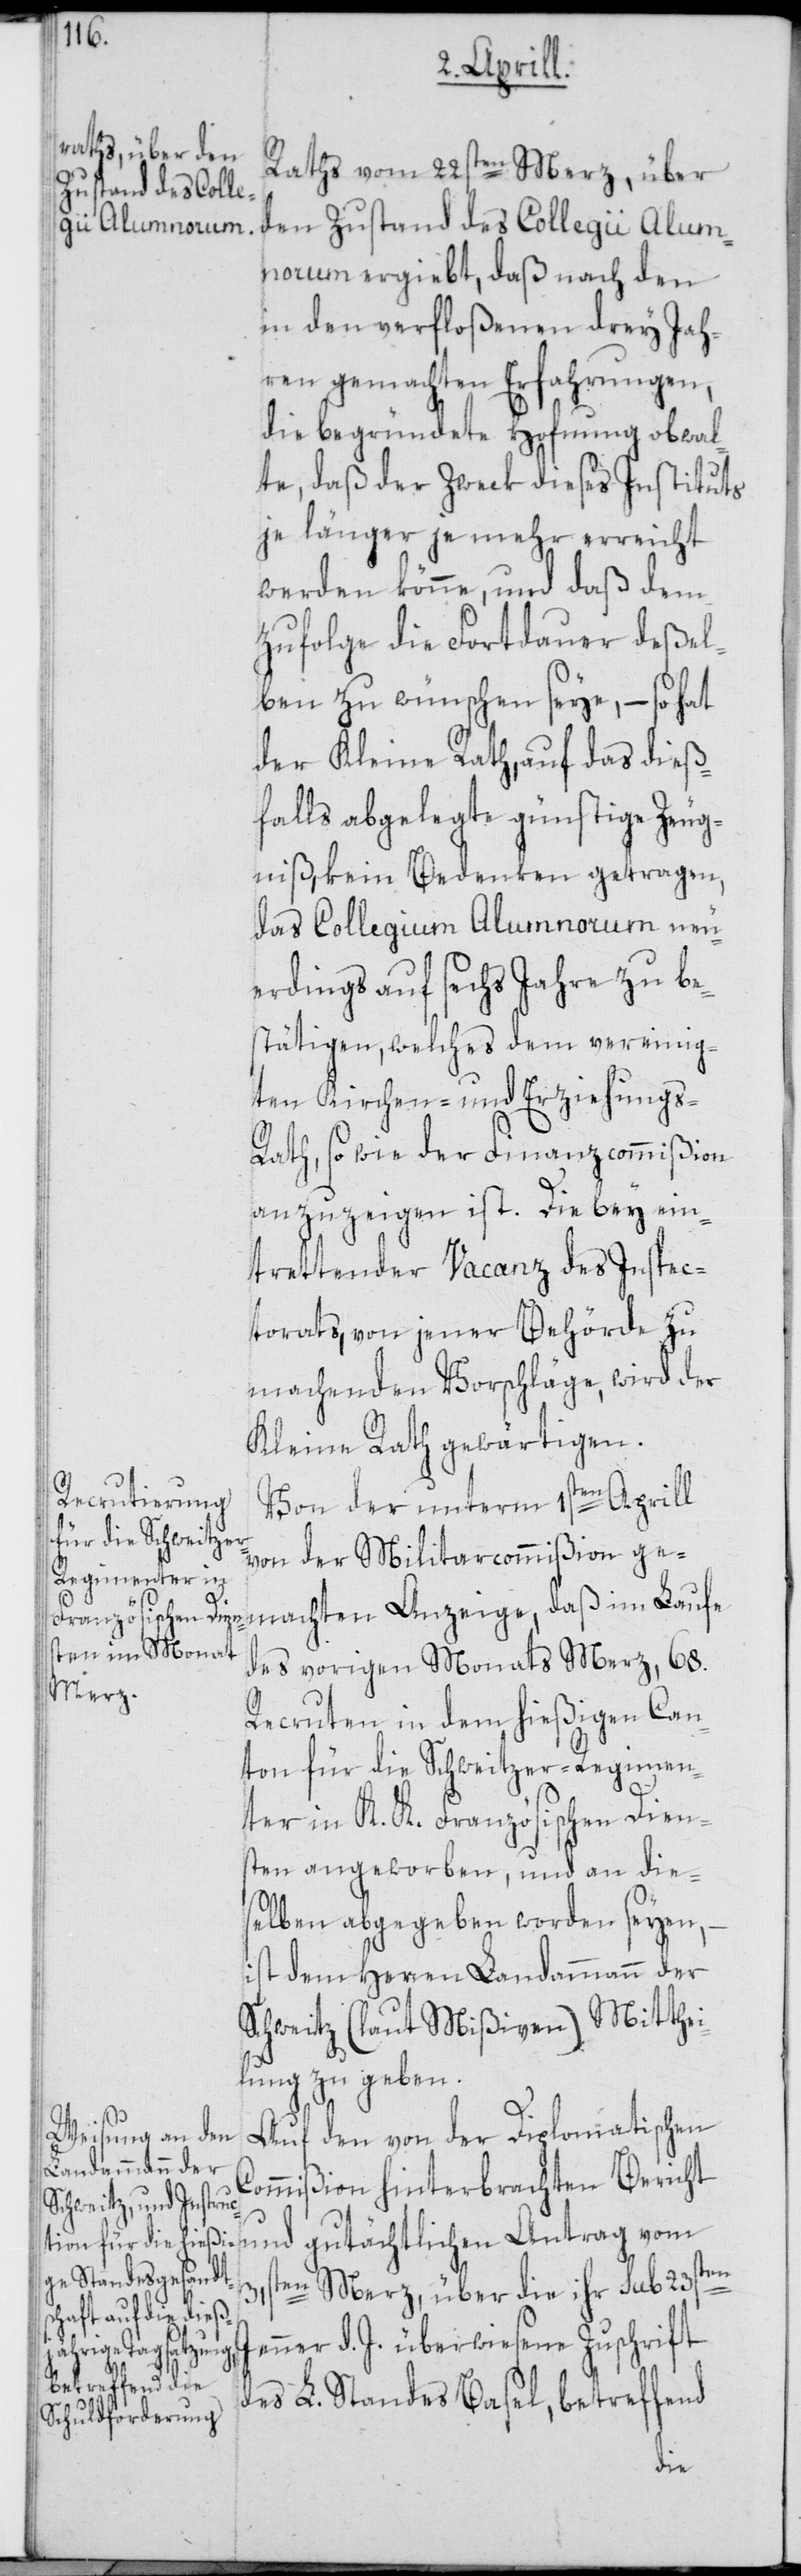
J¬
Raths vom 22sten Merz, über
Zustand des Colle¬
Alumnorum ergiebt, daß nach den
in den verfloßenen drey Jah¬
ren gemachten Erfahrungen,
die begründete Hofnung obwal¬
te, daß der Zweck dieses Instituts
je länger je mehr erreicht
werden könne, und daß dem¬
zufolge die Fortdauer deßel¬
ben zu wünschen seye, – so hat
der Kleine Rath, auf das dieß¬
falls abgelegte günstige Zeug¬
niß, kein Bedenken getragen,
das Collegium Alumnorum neu¬
erdings auf sechs Jahre zu be¬
stätigen, welches dem vereinig¬
ten Kirchen- und Erziehungs-R¬
ath, so wie der Finanzcommißion
anzuzeigen ist. Die bey ein¬
trettender Vacanz des Inspec¬
torats, von jener Behörde zu
machenden Vorschläge, wird der
Kleine Rath gewärtigen.
Von der unterm 1sten Aprill
von der Militarcommißion ge¬
des vorigen Monats Merz, 68.
Recruten in dem hießigen Can¬
ton für die Schweitzer-Regimen¬
ter in K. K. Französischen Dien¬
sten angeworben, und an die¬
selben abgegeben worden seyen,
ist dem Herren Landammann der
Schweitz (laut Mißiven) Mitthei¬
lung zu geben.
Auf den von der Diplomatischen
Commißion hinterbrachten Bericht
und gutächtlichen Antrag vom
31sten Merz, über die ihr sub 23sten
enner d. J. überwiesene Zuschrift
des L. Standes Basel, betreffend
machten